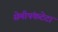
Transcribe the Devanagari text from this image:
सेमीपंकटेटा